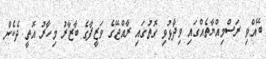
ބޭއްވި ރަސްމިއްޔާތެއްގައި ވިދާޅުވި ގޮތުގައި ރާއްޖޭގެ ވަޒީފާގެ ބާޒާރު މިހާރު އޮތީ ދެކެން